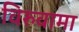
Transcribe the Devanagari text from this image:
विरुवामा